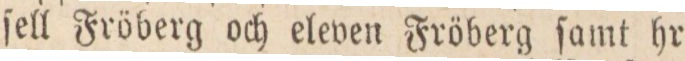
ſell Fröberg och eleven Fröberg ſamt hr